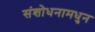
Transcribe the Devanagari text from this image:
संशोधनामधुन